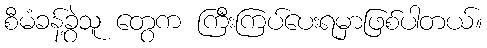
စီမံခန့်ခွဲသူ တွေက ကြီးကြပ်ပေးရမှာဖြစ်ပါတယ်။